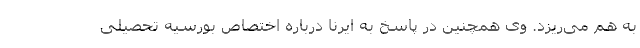
به هم می‌ریزد. وی همچنین در پاسخ به ایرنا درباره اختصاص بورسیه تحصیلی